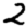
Digit: 2